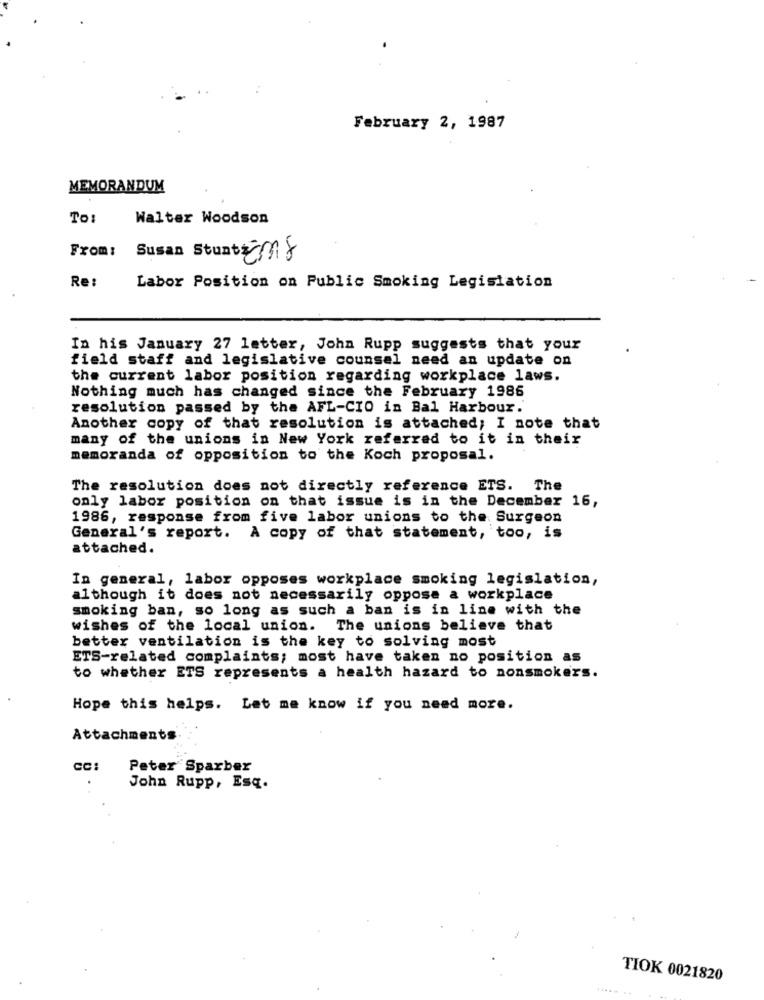
February 2, 1987
MEMORANDUM
To:
Walter Woodson
From:
Susan Stunts 2018
Re:
Labor Position on Public Smoking Legislation
In his January 27 letter, John Rupp suggests that your
field staff and legislative counsel need an update on
the current labor position regarding workplace laws.
Nothing much has changed since the February 1986
resolution passed by the AFL-CIO in Bal Harbour.
Another copy of that resolution is attached; I note that
many of the unions in New York referred to it in their
memoranda of opposition to the Koch proposal.
The resolution does not directly reference ETS. The
only labor position on that issue is in the December 16,
1986, response from five labor unions to the Surgeon
General's report. A copy of that statement, too, is
attached.
In general, labor opposes workplace smoking legislation,
although it does not necessarily oppose a workplace
smoking ban, so long as such a ban is in line with the
wishes of the local union. The unions believe that
better ventilation is the key to solving most
ETS-related complaints; most have taken no position as
to whether ETS represents a health hazard to nonsmokers.
Hope this helps. Let me know if you need more.
Attachments
CC:
Peter Sparber
John Rupp, Esq.
TIOK 0021820